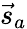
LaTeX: {\vec{s}}_{a}